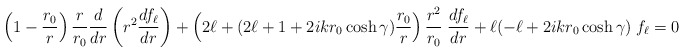
\begin{align*}\left( 1-{r_0\over r} \right) {r\over r_0} {d\over dr} \left( r^2 {df_\ell\over dr} \right)+ \left( 2\ell + (2\ell+1+2ikr_0\cosh\gamma) {r_0\over r}\right) {r^2\over r_0} \; {df_\ell\over dr} + \ell (-\ell + 2ikr_0\cosh\gamma) \; f_\ell = 0\end{align*}